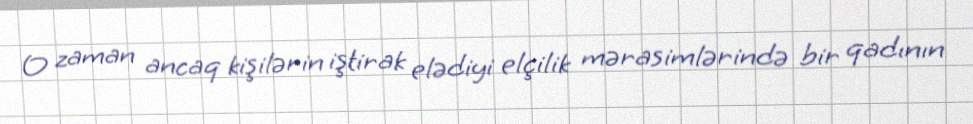
O zaman ancaq kişilərin iştirak elədiyi elçilik mərasimlərində bir qadının